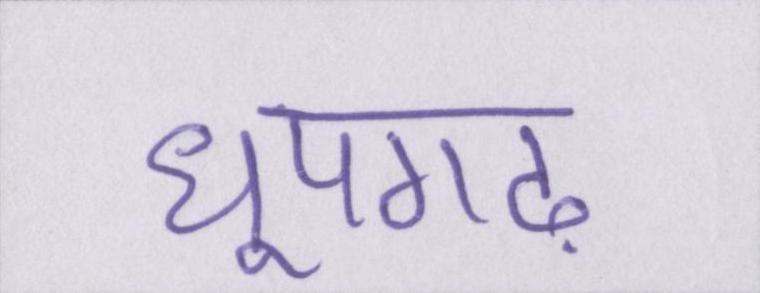
धूपगढ़